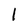
Character: l